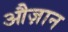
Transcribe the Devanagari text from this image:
औज़ान